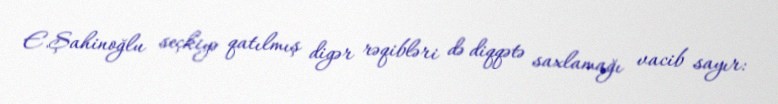
E.Şahinoğlu seçkiyə qatılmış digər rəqibləri də diqqətə saxlamağı vacib sayır: